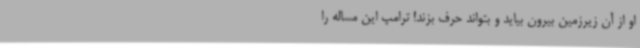
او از آن زیرزمین بیرون بیاید و بتواند حرف بزند! ترامپ این مساله را